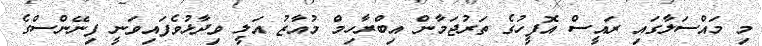
މި މަައްސަލާގައި ރައީސް އޮފީހުގެ ތަރުޖަމާން އިބްރާހިމް މުއާޒު އަލީ ވިދާޅުވެފައިވަނީ ފިނޭންސްގެ